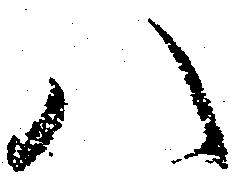
八